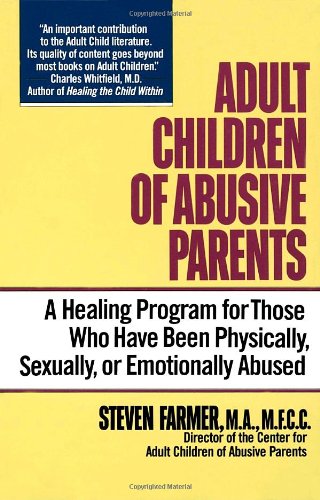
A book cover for Adult Children of Abusive Parents: A Healing Program for Those Who Have Been Physically, Sexually, or Emotionally Abused; Steven Farmer; Self-Help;